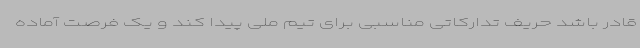
قادر باشد حریف تدارکاتی مناسبی برای تیم ملی پیدا کند و یک فرصت آماده